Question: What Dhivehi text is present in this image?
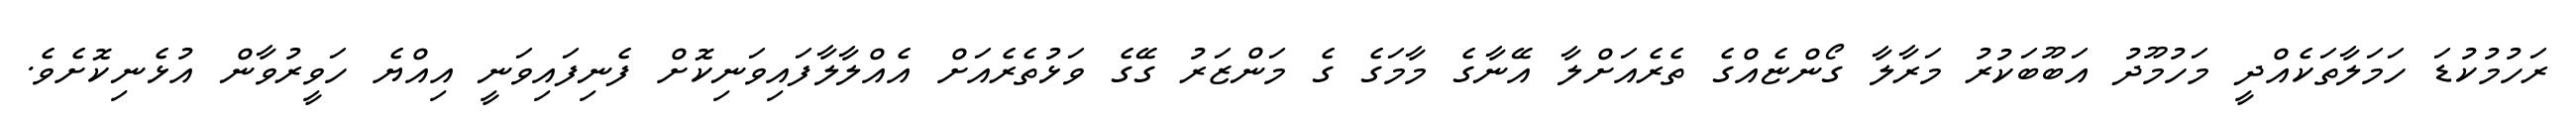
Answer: ރަހުމުކުޑަ ހަމަލާތަކެއްދީ މަހުމޫދު އަބޫބަކުރު މަރާލާ ގޯންޏެއްގެ ތެރެއަށްލާ އޭނާގެ މާމަގެ ގެ މަންޒަރު ގޭގެ ވަޅުތެރެއަށް އެއްލާލާފައިވަނިކޮށް ފެނިފައިވަނީ އިއްޔެ ހަވީރުވާން އުޅެނިކޮށެވެ.